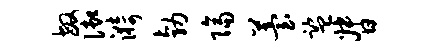
敏御漪勃隔苔监督